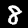
Digit: 8